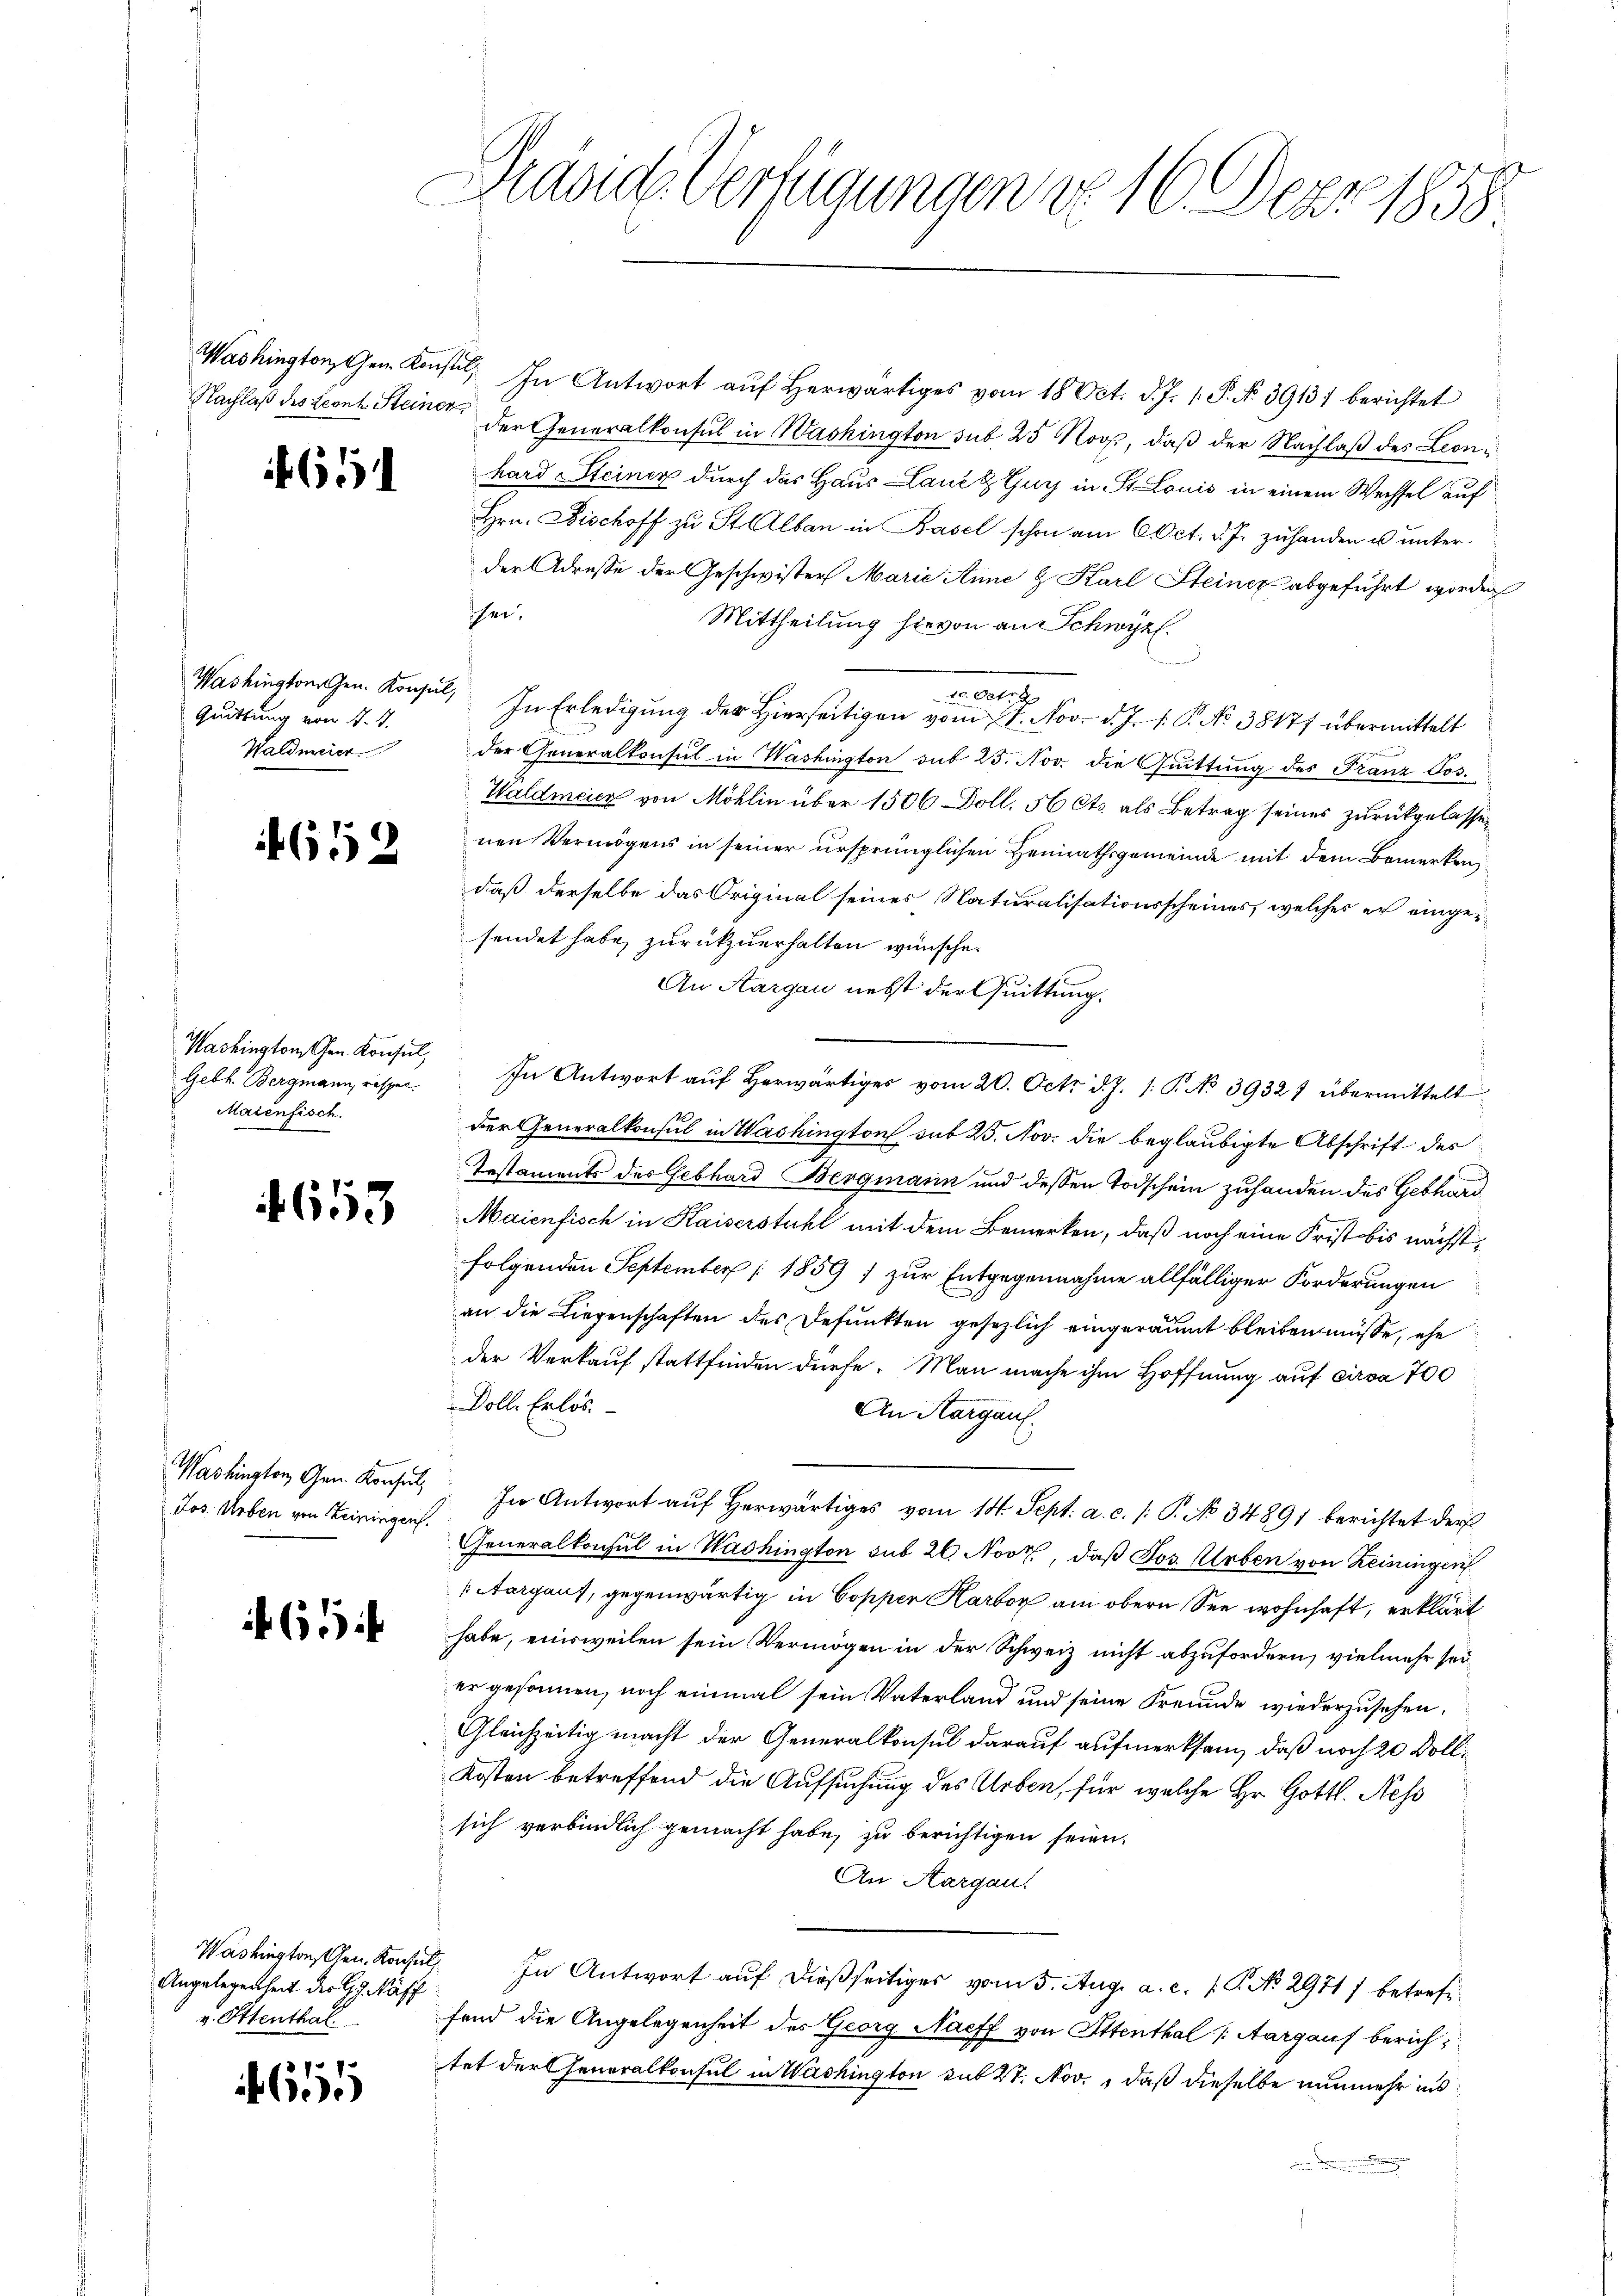
651

Quittung von N. 3.
Waldmeier

652

Washington Chen. Konsul,
Gebh. Bergmann, resper
Maienfisch.

4653

Washington, Gen. Konsul,
Jos. Arben von Heiningen.

65

Angelegenheit der G. Näff
v. Ettenthal

655

Präsid. Verfügungen vo 16. Dez. 1858

Washington, Gen. Konst. In Antwort aŭf herwärtiges vom 18. Oct. d. J. 1. P. No. 3913) berichtet
Nachlaß des Leonz Steiner der Generalkonsul in Washington sub. 25 Roos, daß der Nachlaß des Leonhard Steiner durch das Haus Laue & Guyj in St. Louis in einem Wechsel auf
Hrn. Fischoff zu St. Alban in Basel schon am 6 Oct. d. J. zuhanden u unterder Adresse der Geschwister Marie Anne & Karl Steiner abgeführt worden
hei.
Mittheilung hievon an Schwyz.
10. Octr
Washington Gen. Konsul, In Erledigung der Hierseitigen vom 17. Nov. d. J. J. P. No 38177 übermittelt
der Generalkonsul in Washington sub 25. Nov. die Quittung des Franz Jos.
Waldmeier von Möhlin über 1506 Doll. 50 Cts. als Betrag seines zurückgelassen
nen Vermögens in seiner ursprünglichen Heimathsgemeinde mit dem Bemerken
daß derselbe das Original seines Naturalisationsscheines, welches er eingesendet habe, zurückzuerhalten wünsche.
An Aargau nebst der Quittung.
In Antwort aŭf herwärtiges vom 20. Oct. d. J. 1. P. No 39327 übermittelt
der Generalkonsul in Washington sub 25. Nov. die beglaubigte Abschrift des
Testaments des Gebhard Bergmann und dessen Todschein zuhanden des Gebhard¬
Maienfisch in Kaiserstuhl mit dem Bemerken, daß noch eine Frist bis nächstfolgenden September [1859, zur Entgegennahme allfälliger Forderungen
an die Liegenschaften des Befunkten gesezlich eingeräumt bleiben müsse, ehe
der Verkauf stattfinden dürfe. Man mache ihm Hoffnung auf circa 700
Dolle Erlös.
An Aargau.
In Antwort auf herwärtiges vom 14. Sept. a. c. /: P. No 34891 berichtet der
Generalkonsul in Washington sub 26. Novz., daß Jos. Erben von Reisingen
 Aargaus, gegenwärtig in Copper Karbo am obern See wohnhaft, erklärt
habe, einsweilen sein Vermögen in der Schweiz nicht abzufordern, vielmehr seier gesonnen, noch einmal sein Vaterland und seine Freunde wiederzusehen.
Gleichzeitig macht der Generalkonsul darauf aufmerksam, daß noch 20 Doll¬
Kosten betreffend die Aufsuchung des Arben, für welche Hr. Gottl. Ness
sich verbindlich gemacht habe, zu berichtigen seien.
An Aargau.
Washingtonten. Konsul, In Antwort auf dießseitiges vom 5. Aug. a. c. (T. No. 2971) betrefffend die Angelegenheit des Georg Naeff von Ottenthal (Aargaus berichtet der Generalkonsul in Washington mit 27. Nov., daß dieselbe nunmehr ins